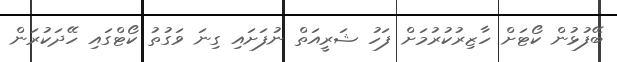
ބޭފުޅުން ކޯޓަށް ހާޒިރުކުރުމަށް ފަހު ޝަރީއަތް ނުފަށައި ގިނަ ވަގުތު ކޯޓްގައި ހޭދަކުރަން